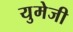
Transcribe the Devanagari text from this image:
युमेजी